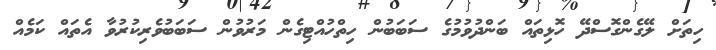
ހިތަށް ލޭގެންގޮސްދޭ ހޮޅިތައް ބަންދުވުމުގެ ސަބަބުން ހިތްހުއްޓިގެން މަރުވުން ސަބަބުވެރިކުރުވާ އެތައް ކަމެއް